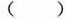
( )